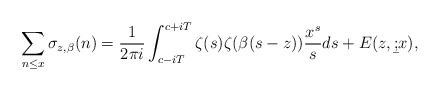
LaTeX: \begin{align*}\sum_{n\leq x}\sigma_{z,\beta}(n)= \frac{1}{{2\pi i}}\int_{c - iT}^{c + iT} {\zeta (s)\zeta (\beta (s - z))\frac{{{x^s}}}{s}ds} + E(z, \b;x), \end{align*}